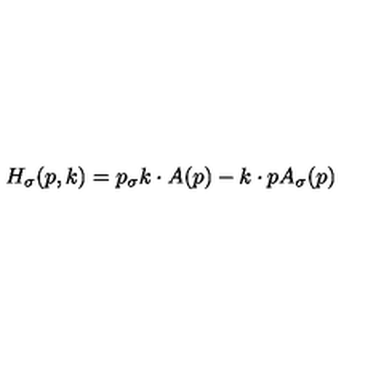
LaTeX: H _ { \sigma } ( p , k ) = p _ { \sigma } k \cdot A ( p ) - k \cdot p A _ { \sigma } ( p )